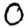
Digit: 0